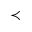
\prec